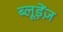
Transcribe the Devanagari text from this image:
ब्लूड़ेंज़